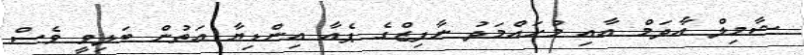
ޝާމިލް އާދަމް އާއި މުހައްމަދު ނާފިޒްގެ ޕެއާ އިންޑިޔާ އަތުން ބަލިވީ ވެސް